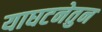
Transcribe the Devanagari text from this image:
याघटनेतुन